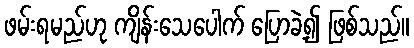
ဖမ်းရမည်ဟု ကျိန်းသေပေါက် ပြောခဲ့၍ ဖြစ်သည်။